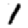
Digit: 1